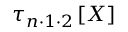
\tau _ { n \cdot 1 \cdot 2 } \left[ X \right]